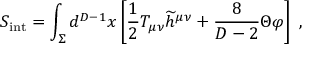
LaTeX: S _ { \mathrm { { \small i n t } } } = \int _ { \Sigma } d ^ { D - 1 } x \left[ { \frac { 1 } { 2 } } T _ { \mu \nu } { \widetilde h } ^ { \mu \nu } + { \frac { 8 } { D - 2 } } \Theta \varphi \right] ~ ,